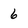
Character: 6